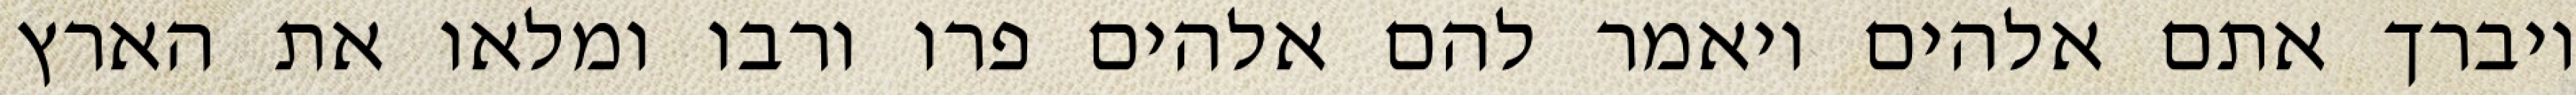
ויברך אתם אלהים ויאמר להם אלהים פרו ורבו ומלאו את הארץ